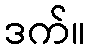
ဒက်။